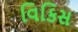
વિકિસ